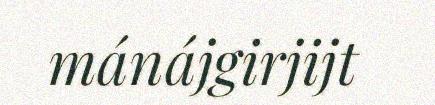
mánájgirjijt